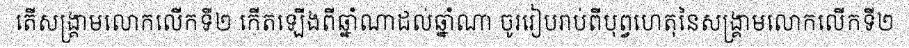
តើសង្គ្រាមលោកលើកទី២ កើតឡើងពីឆ្នាំណាដល់ឆ្នាំណា ចូររៀបរាប់ពីបុព្វហេតុនៃសង្គ្រាមលោកលើកទី២